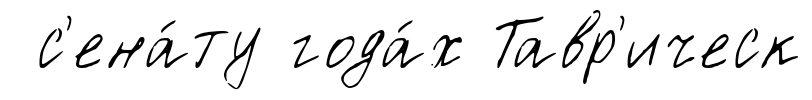
с'ена́ту года́х Тавр'ическ